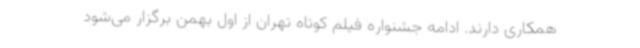
همکاری دارند. ادامه جشنواره فیلم کوتاه تهران از اول بهمن برگزار می‌شود